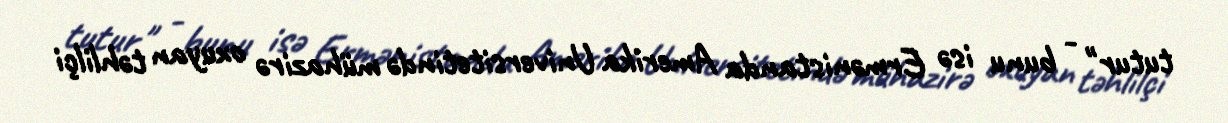
tutur" - bunu isə Ermənistanda Amerika Universitetində mühazirə oxuyan təhlilçi